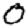
Digit: 0